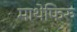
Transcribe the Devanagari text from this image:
माथेफिरु